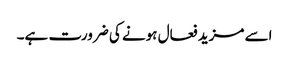
اسے مزید فعال ہونے کی ضرورت ہے۔